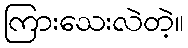
ကြားသေးလဲတဲ့။